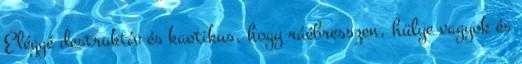
Eléggé destruktív és kaotikus, hogy ráébresszen, hülye vagyok és